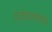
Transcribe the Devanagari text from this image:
गरजेच्यावेळी